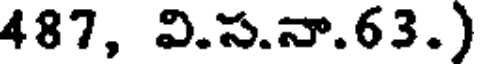
487, వి.స.నా.63.)